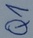
Text: Q1